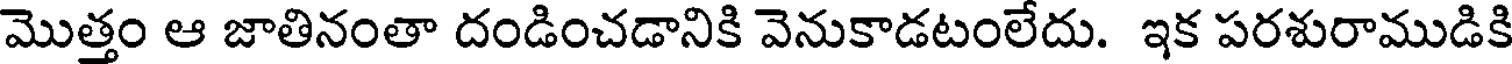
మొత్తం ఆ జాతినంతా దండించడానికి వెనుకాడటంలేదు. ఇక పరశురాముడికి